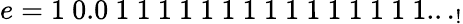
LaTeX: e=1\ 0.0\ 1\ 1\ 1\ 1\ 1\ 1\ 1\ 1\ 1\ 1\ 1\ 1\ 1\ 1\ 1..._{!}